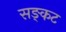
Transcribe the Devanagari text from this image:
सङ्कट